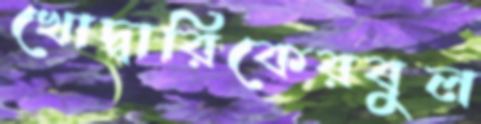
খোদ্‌বারিকেরবুল